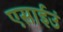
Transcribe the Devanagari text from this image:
एसाईउं